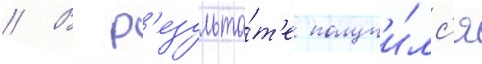
// В р'езульта́т'е получи́лс'я